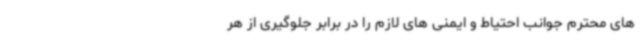
های محترم جوانب احتیاط و ایمنی های لازم را در برابر جلوگیری از هر